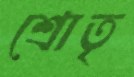
শ্রোতৃ